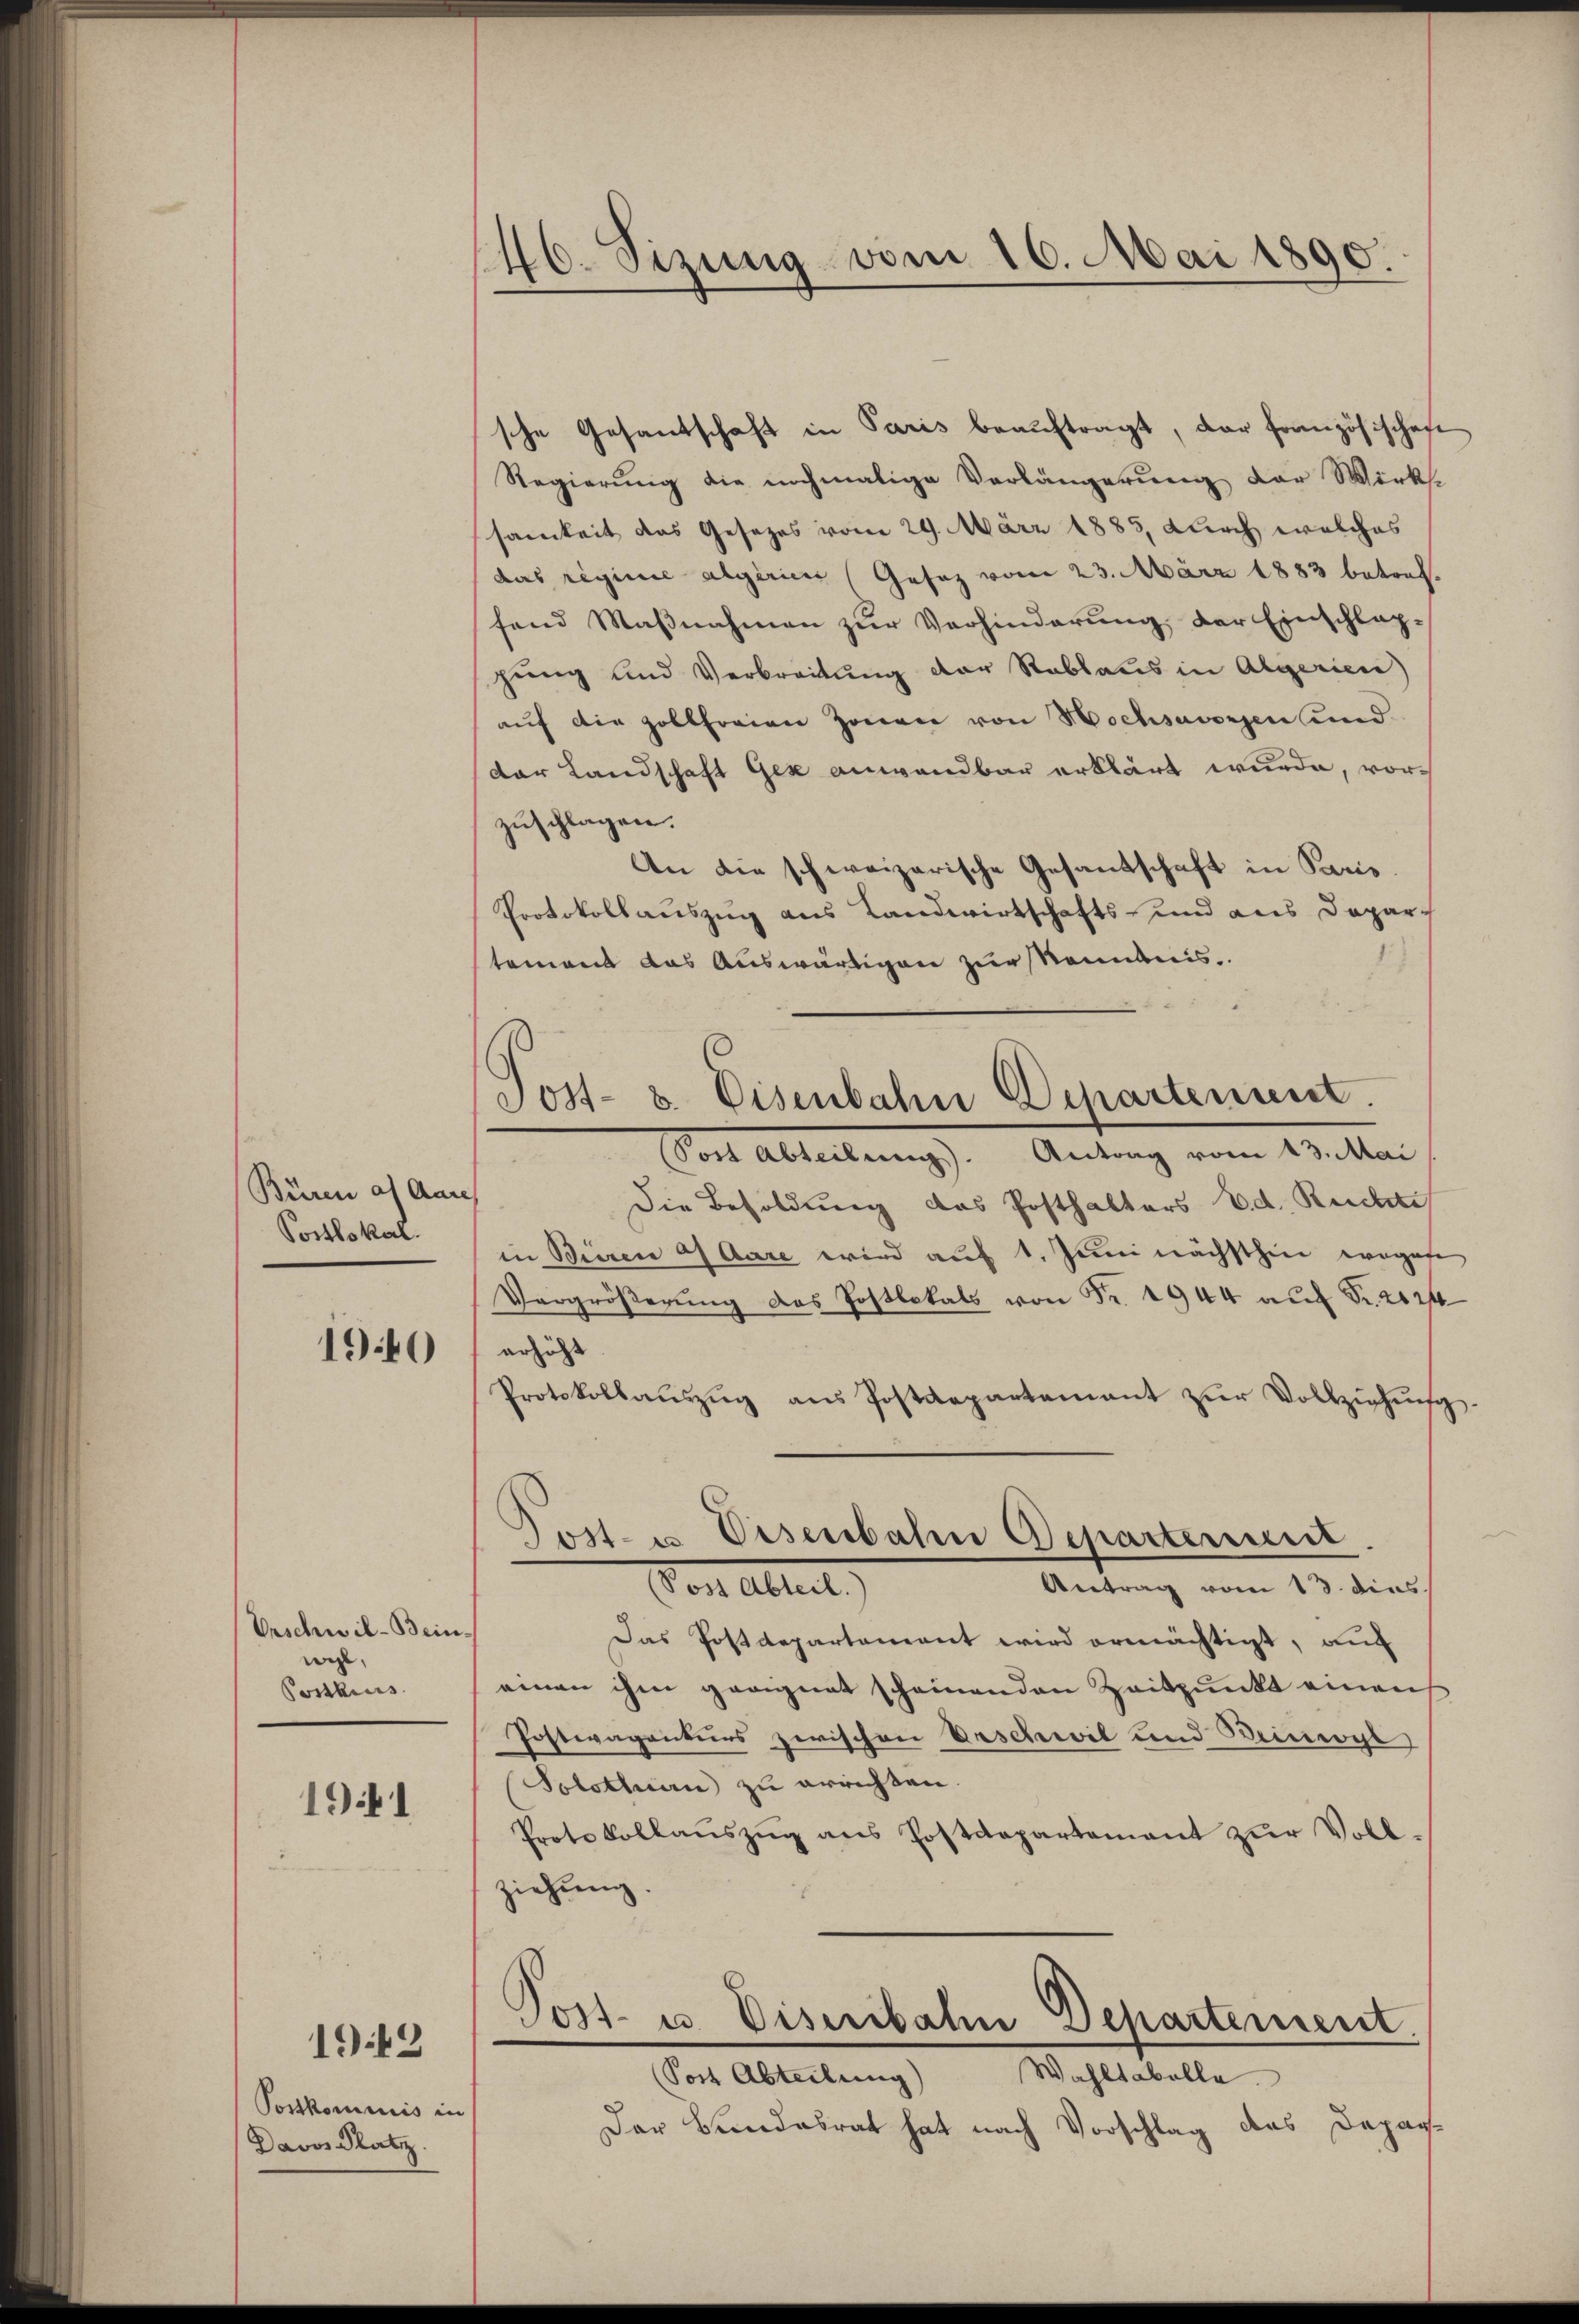
Büren af Aar
Postlokal.

190

Vrschwil-Bein
wyl,
Postkurs

1941

1942

Postkommis in
Davos Platz

146. Sizung vom 16. Mai 1890.

sche Gesantschaft in Paris beauftragt, der französischest
Regierung die nochmalige Verlängerung der Wirkssamkeit das Gesezes vom 29. März 1885, durch welches
das reginie algerien (Gesetz vom 23. März 1883 betreffand Maßnahmen zur Verhinderung der Einschlag-
gung und Verbreitung der Rablaus in Algerien)
auf die Zollhorien Zonen von Hochsavonsen und
dar Landschaft Gex anwendbar erklärt wurde, vorzuschlagen.
An die schweizerische Gesandschaft in Paris.
Protokollauszug aus Landwirtschafts- und aus Depar-
tement das Auswärtigen zur Kenntnis
Sort Abteilŭng. Antrag vom 13. Mai
4
Die Besoldung das Posthalters Ed. Ruchte
in Bieren es Aare wird auf 1. Juni nächsthier wegese
Vergröβerŭng das Postlokals von Fr. 1944 aŭf Fr. 212
erhöht
Protokollaŭszŭg ans Postdepartement zŭr Vollziehŭng.
Jost- u Eisenbahn Departerunt
Antrag vom 13. dies
Von Altert
Das Postdepartement wird ermächtigt, auch
einen ihm geeignet scheinenden Zeitpunkt einaus
Postwagenturs zwischen Erschwil und Beimogl
Solothurn zu errichten.
Protokollaŭszŭg ans Postdepartement zŭr Voll-
ziehung.
Post- u. Diserbahn Departement.
Wahltabelle
(Post Abteilung)
Der Bundesrat hat nach Vorschlag des Depar¬

Post- u. Eisenbahn Departement.